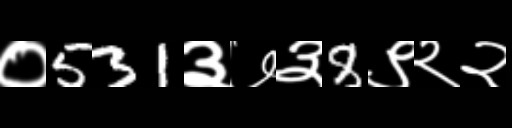
Text: ०531३७३8९२२